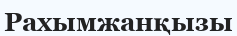
Рахымжанқызы